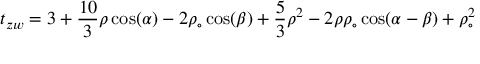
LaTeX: t _ { z w } = 3 + \frac { 1 0 } 3 \rho \cos ( \alpha ) - 2 \rho _ { \circ } \cos ( \beta ) + \frac 5 3 \rho ^ { 2 } - 2 \rho \rho _ { \circ } \cos ( \alpha - \beta ) + \rho _ { \circ } ^ { 2 }